Punjab Mental Hospital Lahore 1932-46 - 1932-1946
Year: 1932
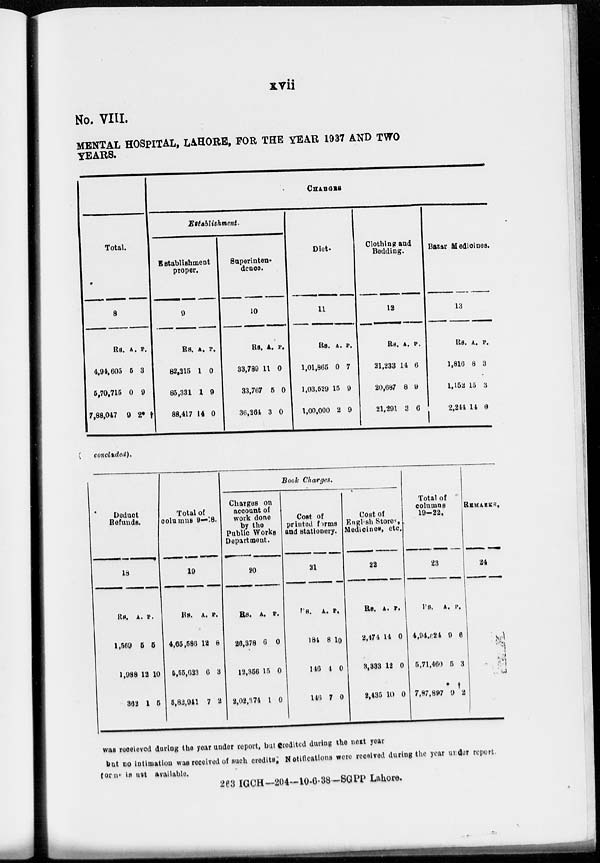
xvii
No. VIII.
MENTAL HOSPITAL, LAHORE, FOR THE YEAR 1937 AND TWO
YEARS.
Total.
8
Rs.
4,94,605
5,70,715
7,88,047
A.
5
0
9
P.
3
9
2*
CHARGES
Establishment.
Establishment
proper.
9
Rs.
82,215
85,331
88,417
A.
1
1
14
P.
0
9
0
Superinten-
dence.
10
Rs.
33,789
33,767
36,264
A.
11
5
3
P.
0
0
0
Diet.
11
Rs.
1,01,865
1,03,529
1,00,000
A.
0
15
2
P.
7
9
9
Clothing and
Bedding.
12
Rs.
21,233
20,687
21,291
A.
14
8
3
P.
6
9
6
Bazar Medicines.
13
Rs.
1,816
1,152
2,244
A.
8
15
14
P.
3
3
0
concluded).
Deduct
Refunds.
18
Rs.
1,569
1,988
362
A.
5
12
1
P.
5
10
5
Total of
columns 9—18.
19
Rs.
4,65,586
5,55,633
5,82,941
A.
12
6
7
P.
8
3
2
Book Charges.
Charges on
account of
work done
by the
Public Works
Department.
20
Rs.
26,378
12,356
2,02,374
A.
6
15
1
P.
0
0
0
Cost of
printed forms
and stationery.
21
Rs.
184
146
146
A.
8
4
7
P.
10
0
0
Cost of
English Stores
Medicines, etc.
22
Rs.
2,474
3,333
2,435
A.
14
12
10
P.
0
0
0
Total of
columns
19-22.
23
Rs.
4,94,624
5,71,460
7,87,897
A.
9
5
*9
P.
6
3
†2
REMARKS.
24
was received during the year under report, but credited during the next year
but no intimation was received of such credits. Notifications were received during the year under report
forms is not available.
263 IGCH— 204—10-6-38-SGPP Lahore.